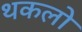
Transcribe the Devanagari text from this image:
थकलो